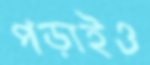
পড়াইও